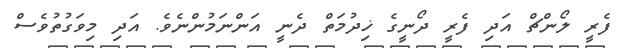
ފެރީ ލޯންޗް އަދި ފެރީ ދޯނީގެ ޚިދުމަތް ދެނީ އަންނަމުންނެވެ. އަދި މިވަގުތުވެސް